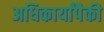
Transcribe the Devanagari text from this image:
अधिकार्यांपैकी